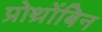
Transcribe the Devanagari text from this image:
प्रोथ्रोंबिन